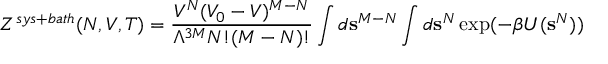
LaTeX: Z ^ { s y s + b a t h } ( N , V , T ) = { \frac { V ^ { N } ( V _ { 0 } - V ) ^ { M - N } } { \Lambda ^ { 3 M } N ! ( M - N ) ! } } \int d \mathbf { s } ^ { M - N } \int d \mathbf { s } ^ { N } \exp ( - \beta U ( \mathbf { s } ^ { N } ) )